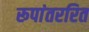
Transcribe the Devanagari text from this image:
रूपांतररित